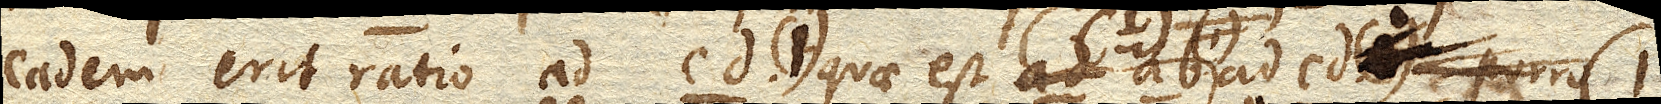
eadem erit ratio ad cd. (1) quae est ab. ad cd. (1)